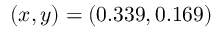
( x , y ) = ( 0 . 3 3 9 , 0 . 1 6 9 )